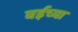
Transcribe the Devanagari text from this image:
घईच्या